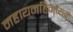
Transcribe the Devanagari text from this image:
महायनहिनायन